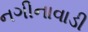
નગીનાવાડી